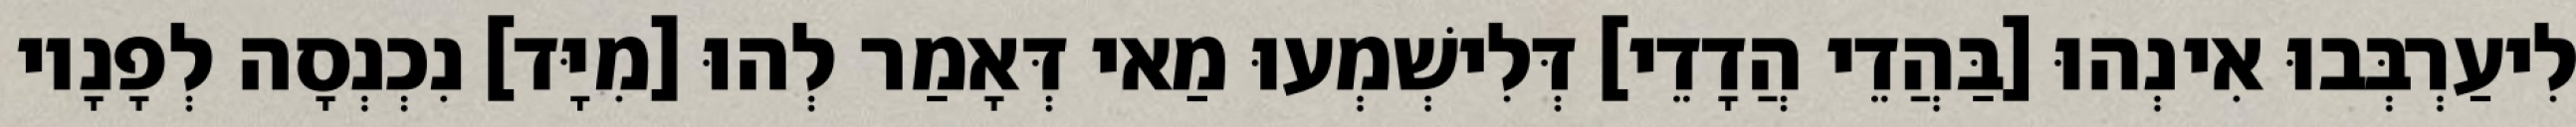
לִיעַרְבְּבוּ אִינְהוּ [בַּהֲדֵי הֲדָדֵי] דְּלִישְׁמְעוּ מַאי דְּאָמַר לְהוּ [מִיָּד] נִכְנְסָה לְפָנָיו